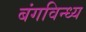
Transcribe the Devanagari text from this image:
बंगविन्ध्य